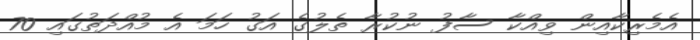
އެމެރިކާއިން ވިއްކާ ސާފު ނުކުރާ ތެލުގެ އަގު ހަމަ އެ މުއްދަތުގައި 70